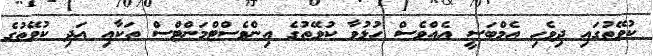
ކުވޭތުގައި ދިވެހި އެމްބަސީ އެއްވެސް ހުޅުވާ ކުވޭތުގެ އިންވެސްޓްމަންޓްސް ތަކާއި އަދި ކުވޭތުގެ